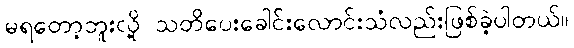
မရတော့ဘူးလို့ သတိပေးခေါင်းလောင်းသံလည်းဖြစ်ခဲ့ပါတယ်။